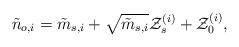
LaTeX: \begin{align*}\tilde{n}_{o,i}=\tilde{m}_{s,i}+\sqrt{\tilde{m}_{s,i}}\mathcal{Z}_s^{(i)}+\mathcal{Z}_0^{(i)},\end{align*}